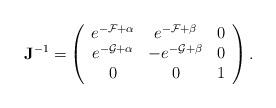
LaTeX: \begin{align*} \mathbf{J}^{-1} =& \left( \begin{array}{ccc}e^{-\mathcal{F}+\alpha} & e^{-\mathcal{F}+ \beta} &0 \\e^{-\mathcal{G}+\alpha} & -e^{-\mathcal{G}+\beta} &0 \\ 0 & 0 & 1 \end{array} \right).\end{align*}